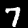
Digit: 7